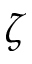
\zeta